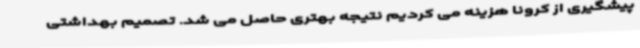
پیشگیری از کرونا هزینه می کردیم نتیجه بهتری حاصل می شد. تصمیم بهداشتی